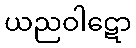
ယညဝါဋော